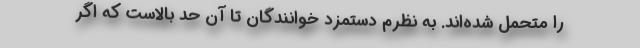
را متحمل شده‌اند. به نظرم دستمزد خوانندگان تا آن حد بالاست که اگر